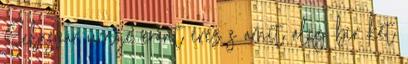
Sebesvár úrnője eránt érez s amit alig bír két